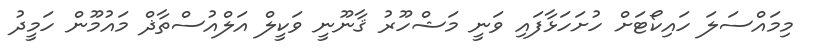
މިމައްސަލަ ހައިކޯޓަށް ހުށަހަޅާފައި ވަނީ މަޝްހޫރު ޤާނޫނީ ވަކީލް އަލްއުސްތާޛް މައުމޫން ހަމީދު